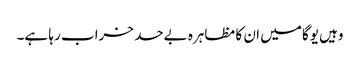
وہیں یوگا میں ان کا مظاہرہ بےحد خراب رہا ہے۔